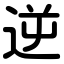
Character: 逆